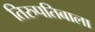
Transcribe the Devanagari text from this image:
तिरुपतिबाला